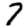
Digit: 7